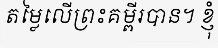
តម្លៃលើព្រះគម្ពីរបាន។ ខ្ញុំ